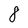
Character: 8